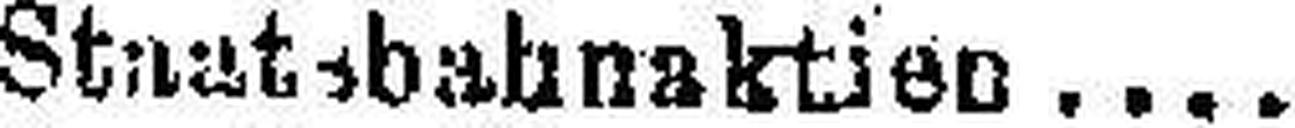
Stuntsbahnaktien